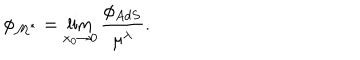
LaTeX: \phi _ { \cal M ^ { * } } = \lim _ { x _ { 0 } \to 0 } { \frac { \phi _ { A d S } } { \mu ^ { \lambda } } } .